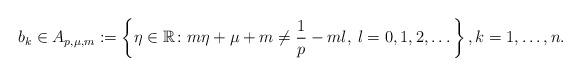
LaTeX: \begin{align*} b_k\in A_{p,\mu,m}:=\left\{\eta \in \mathbb{R} \colon m\eta+\mu+m\neq \frac{1}{p}-ml, \: l=0, 1, 2,\dots\right\}, k=1,\dots, n. \end{align*}